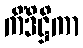
ကိံဒိဋ္ဌိကာ